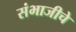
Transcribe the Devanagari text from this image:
संभाजीचे